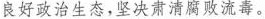
良好政治生态，坚决肃清腐败流毒。